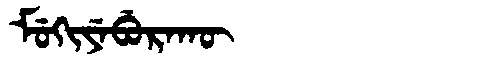
Manchu: ᠮᡠᡴᡳᠶᡝᠪᡠᡵᠠᡴᡡ
Romanization: MUKIYEBURAKŪ